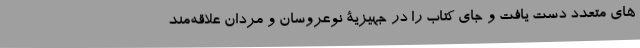
های متعدد دست یافت و جای کتاب را در جهیزیۀ نوعروسان و مردان علاقه‌مند